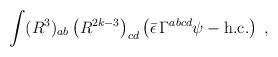
LaTeX: \begin{align*}\int (R^{3})_{ab}\left( R^{2k-3}\right) _{cd}\left( \bar{\epsilon}\,\Gamma^{abcd}\psi -\mbox{h.c.}\right) \;, \end{align*}